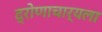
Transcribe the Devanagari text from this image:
द्रोणाचार्यला